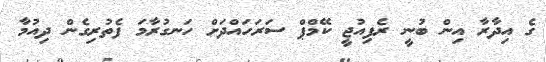
ގެ އިދާރާ އިން ބުނީ ރެފިއުޖީ ކޭމްޕް ސަރަހައްދަށް ހަނގުރާމަ ފެތުރިގެން ދިއުމާ